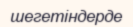
шегетіндерде